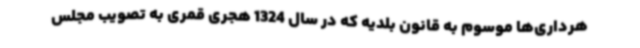
هرداری‌ها موسوم به قانون بلدیه که در سال 1324 هجری قمری به تصویب مجلس